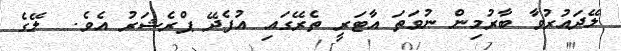
ލޭދައުރުވާ ބާރުމިން ނުވަތަ އާޓަރީ ތެރޭގައި އުފެދޭ ޕްރެޝަރު އެވެ.  ލޭގެ